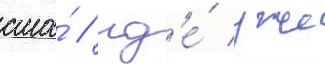
сша́ / гд'е́ уже